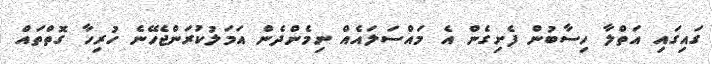
ގައިގައި އަތްލާ ހިސާބުން ފެށިގެން އެ މައްސަލައެއް ނިމެންދެން އަމަލުކުރަންޖެހޭނެ ހުރިހާ ގޮތްތައް